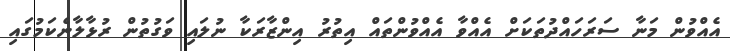
އެއްވުން މަނާ ސަރަހައްދުތަކަށް އެއްވާ އެއްވުންތައް އިތުރު އިންޒާރަކާ ނުލައި ވަގުތުން ރުޅާލާނެކަމުގައި